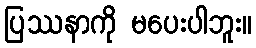
ပြဿနာကို မပေးပါဘူး။